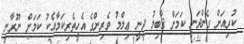
ކުރިއަށް ގެންދަނީ ކަމަށް ޤާބިލު ދީނީ ޢިލްމު ވެރިންގެ އެހީތެރިކަމާއެކު ކަމަށް ނޫރާނީ